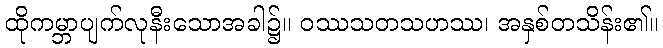
ထိုကမ္ဘာပျက်လုနီးသောအခါ၌။ ဝဿသတသဟဿ၊ အနှစ်တသိန်း၏။